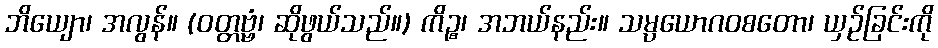
ဘိယျော၊ အလွန်။ (ဝတ္တဗ္ဗံ၊ ဆိုဖွယ်သည်။) ကိဉ္စ၊ အဘယ်နည်း။ သမ္ပယောဂဝစတော၊ ယှဉ်ခြင်းကို